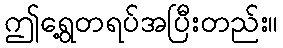
ဤရွေ့တရပ်အပြီးတည်း။